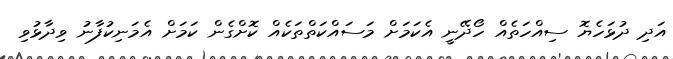
އަދި ދުޅަހެޔޮ ސިއްހަތެއް ހޯދޭނީ އެކަމަށް މަސައްކަތްތަކެއް ކޮށްގެން ކަމަށް އެމަނިކުފާނު ވިދާޅުވި